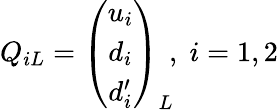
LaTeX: Q_{iL}=\left(\begin{array}{c}{{u_{i}}}\\ {{d_{i}}}\\ {{d_{i}^{\prime}}}\end{array}\right)_{L}\! ,\; i=1,2